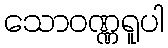
သောဝဏ္ဏရူပါ